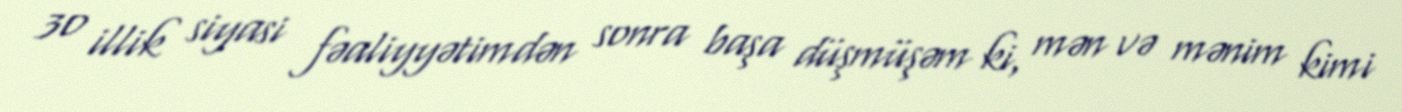
30 illik siyasi fəaliyyətimdən sonra başa düşmüşəm ki, mən və mənim kimi